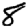
Digit: 8